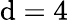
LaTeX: \mathrm{d}=4